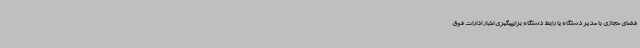
فضای مجازی با مدیر دستگاه یا رابط دستگاه برایپیگیری اخبار ادارات فوق